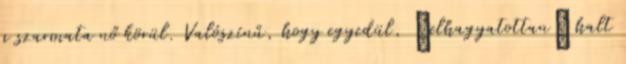
a szarmata nő körül. Valószínű, hogy egyedül, “elhagyatottan” halt